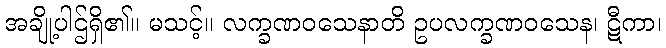
အချို့ပါဌ်ရှိ၏။ မသင့်။ လက္ခဏဝသေနာတိ ဥပလက္ခဏဝသေန၊ ဋီကာ၊